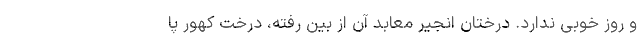
و روز خوبی ندارد. درختان انجیر معابد آن از بین رفته، درخت کهور پا